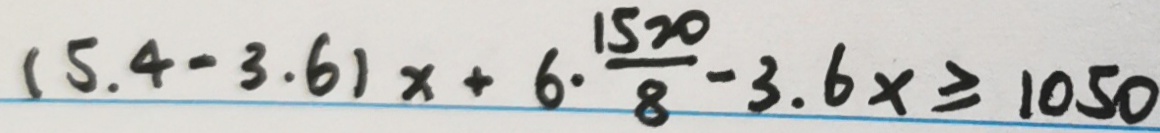
( 5 . 4 - 3 . 6 ) x + 6 \cdot \frac { 1 5 2 0 } { 8 } - 3 . 6 x \geq 1 0 5 0